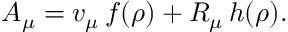
A _ { \mu } = v _ { \mu } \, f ( \rho ) + R _ { \mu } \, h ( \rho ) .